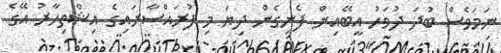
ނަމަވެސް ބުދަ ދުވަހު އީބޭއިން ފެނިގެން ދިޔަ މި ފުރައްސާރައިގެ އިޝްތިހާރު އޭގެ